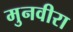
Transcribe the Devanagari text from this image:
मुनवीरा